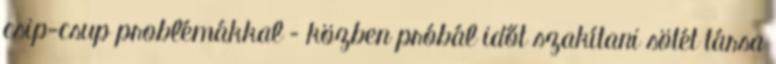
csip-csup problémákkal – közben próbál időt szakítani sötét társa